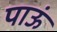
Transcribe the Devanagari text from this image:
पाऊं